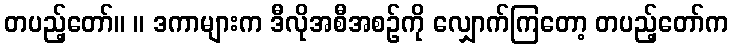
တပည့်တော်။ ။ ဒကာများက ဒီလိုအစီအစဉ်ကို လျှောက်ကြတော့ တပည့်တော်က